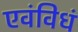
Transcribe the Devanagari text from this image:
एवंविधं